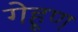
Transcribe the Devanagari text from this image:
गेहूण